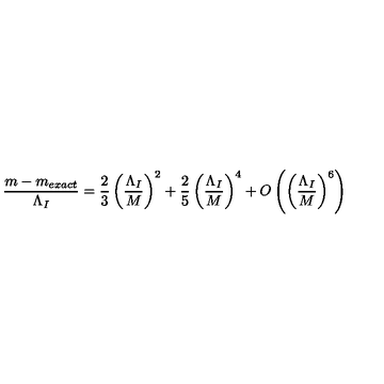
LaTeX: \frac { m - m _ { e x a c t } } { \Lambda _ { I } } = \frac { 2 } { 3 } \left( \frac { \Lambda _ { I } } { M } \right) ^ { 2 } + \frac { 2 } { 5 } \left( \frac { \Lambda _ { I } } { M } \right) ^ { 4 } + O \left( \left( \frac { \Lambda _ { I } } { M } \right) ^ { 6 } \right)